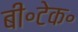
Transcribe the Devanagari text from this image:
बी॰टेक॰